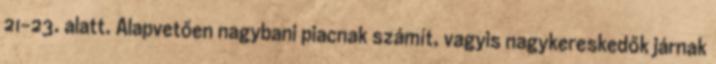
21-23. alatt. Alapvetően nagybani piacnak számít, vagyis nagykereskedők járnak